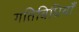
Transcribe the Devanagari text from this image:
गतिबिधियाँ